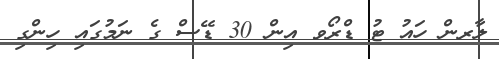
ލާރން ހައު ޓު ޑްރޯވ އިން 30 ޑޭސް ގެ ނަމުގައި ހިންގި